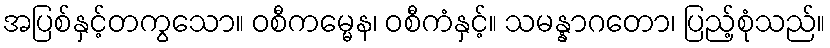
အပြစ်နှင့်တကွသော။ ဝစီကမ္မေန၊ ဝစီကံနှင့်။ သမန္နာဂတော၊ ပြည့်စုံသည်။